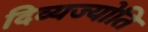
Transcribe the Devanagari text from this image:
दिव्यज्योति